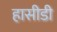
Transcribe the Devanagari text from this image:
हासीडी